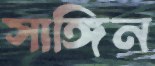
সাঙ্গিন